Problem: 2 × 3 = ?
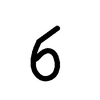
Handwritten answer: 6